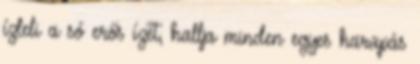
ízleli a só erős ízét, hallja minden egyes harapás